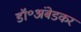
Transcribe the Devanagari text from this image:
डॉ॰अंबेडकर